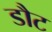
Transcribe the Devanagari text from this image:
डौट